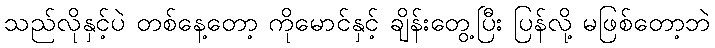
သည်လိုနှင့်ပဲ တစ်နေ့တော့ ကိုမောင်နှင့် ချိန်းတွေ့ပြီး ပြန်လို့ မဖြစ်တော့ဘဲ